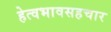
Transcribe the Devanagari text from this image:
हेत्वभावसहचार